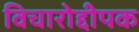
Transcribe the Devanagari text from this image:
विचारोद्दीपक